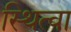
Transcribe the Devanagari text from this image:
स्थित्वा